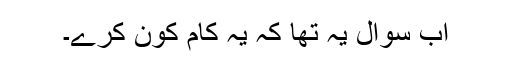
اب سوال یہ تھا کہ یہ کام کون کرے۔